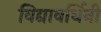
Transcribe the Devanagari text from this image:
विद्यावर्धिनी